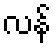
လန်